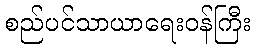
စည်ပင်သာယာရေးဝန်ကြီး